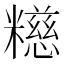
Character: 𫃕